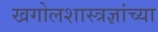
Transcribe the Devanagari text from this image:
खगोलशास्त्रज्ञांच्या